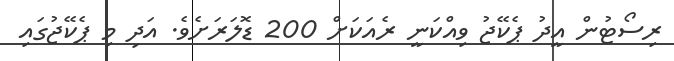
ރިސޯޓުން އީދު ޕެކޭޖު ވިއްކަނީ ރެއަކަށް 200 ޑޮލަރަށެވެ. އަދި މި ޕެކޭޖުގައި